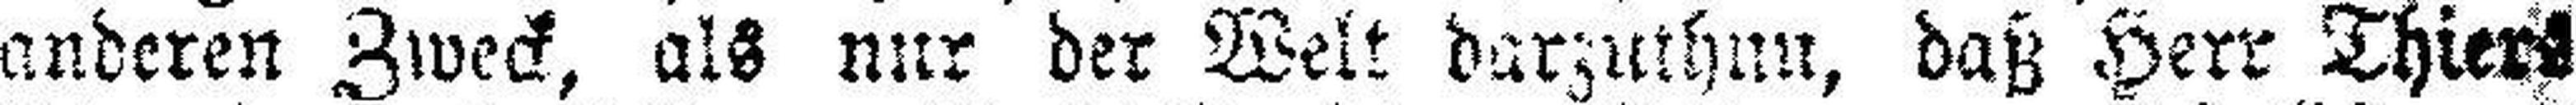
anderen Zweck, als nur der Welt darzuthun, daß Herr Thiers